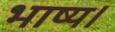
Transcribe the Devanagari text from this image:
भाष्य।